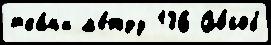
тка́н'и м'е́жду 136 Спо́соб